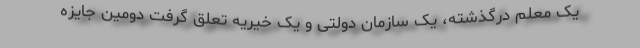
یک معلم درگذشته، یک سازمان دولتی و یک خیریه تعلق گرفت دومین جایزه